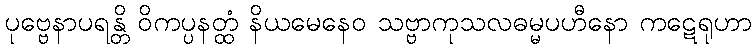
ပုဗ္ဗေနာပရန္တိ ဝိကပ္ပနတ္ထံ နိယမေနေဝ သဗ္ဗာကုသလဓမ္မပဟီနော ကဋေရုဟာ